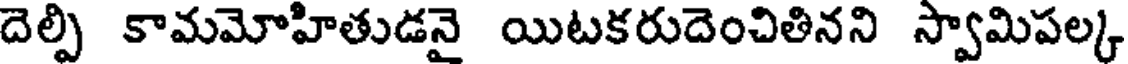
దెల్పి కామమోహితుడనై యిటకరుదెంచితినని స్వామిపల్క